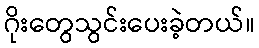
ဂိုးတွေသွင်းပေးခဲ့တယ်။